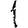
Digit: 1